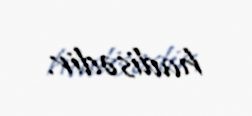
hadisədir.